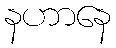
နဟာနေ